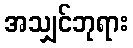
အသျှင်ဘုရား